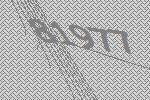
81977